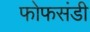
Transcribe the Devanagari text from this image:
फोफसंडी